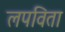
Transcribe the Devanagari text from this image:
लपविता